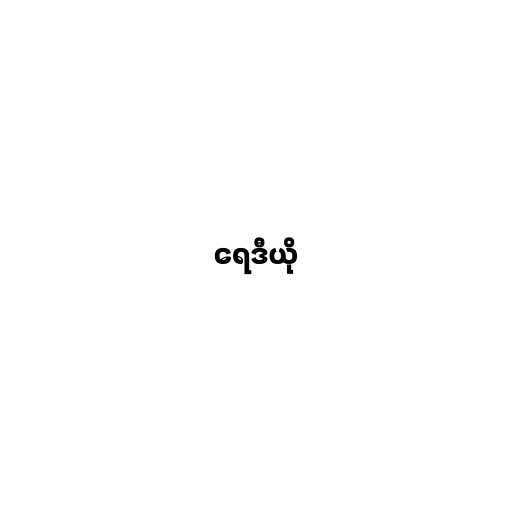
ရေဒီယို